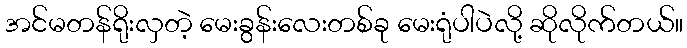
အင်မတန်ရိုးလှတဲ့ မေးခွန်းလေးတစ်ခု မေးရုံပါပဲလို့ ဆိုလိုက်တယ်။